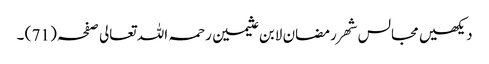
دیکھیں مجالس شھر رمضان لابن عثیمین رحمہ اللہ تعالی صفحہ ( 71 ) ۔